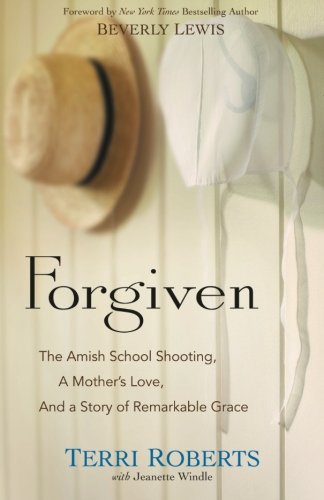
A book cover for Forgiven: The Amish School Shooting, a Mother's Love, and a Story of Remarkable Grace; Terri Roberts; Christian Books & Bibles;